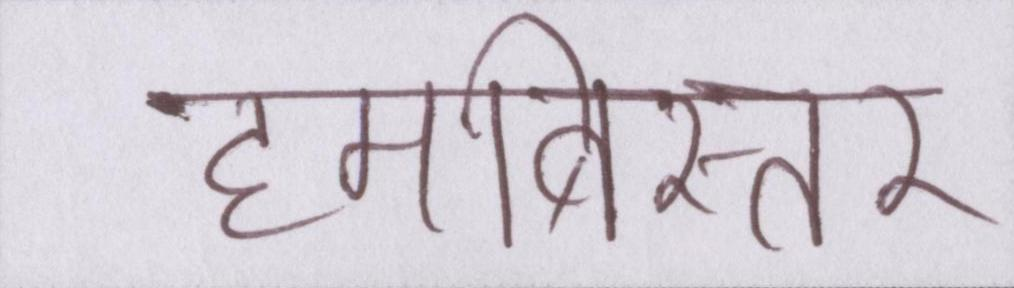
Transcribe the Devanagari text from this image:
हमबिस्तर